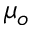
\mu _ { o }